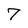
Character: 7